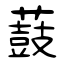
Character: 薣